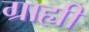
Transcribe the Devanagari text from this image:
ग्राह्यी